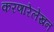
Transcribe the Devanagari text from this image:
करणारेलेखन